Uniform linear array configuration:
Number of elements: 48
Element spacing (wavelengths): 0.25
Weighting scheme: hamming
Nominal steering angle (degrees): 30
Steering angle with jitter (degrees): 29.286
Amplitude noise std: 0.05
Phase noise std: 0.05

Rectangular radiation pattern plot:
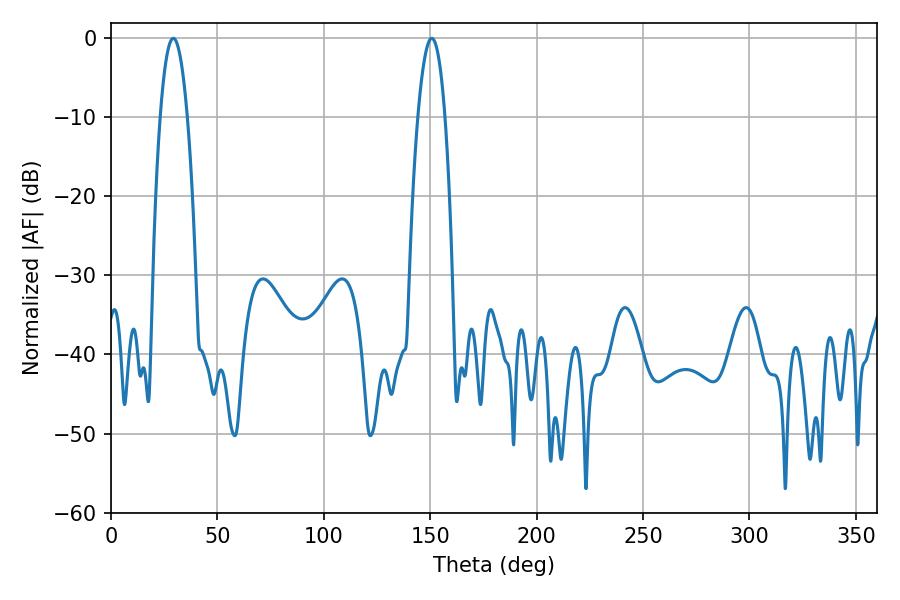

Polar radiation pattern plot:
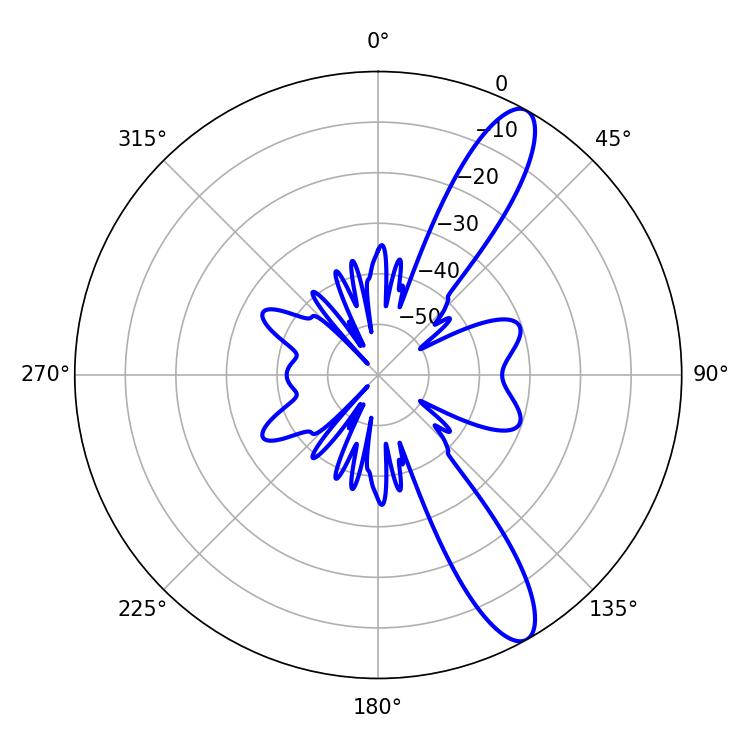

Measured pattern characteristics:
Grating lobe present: FALSE
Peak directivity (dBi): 11.873
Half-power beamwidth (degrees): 7.2
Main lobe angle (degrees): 150.66